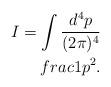
LaTeX: \begin{align*}I = \int\frac{d^4 p}{(2\pi)^4} \\frac{1}{p^2}. \end{align*}